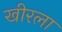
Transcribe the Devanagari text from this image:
खीरला